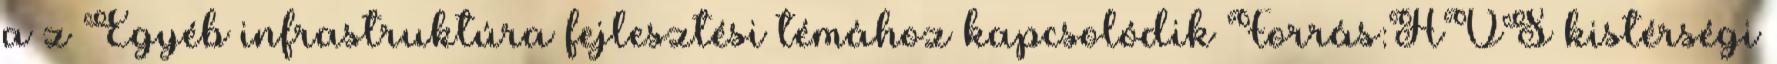
a z Egyéb infrastruktúra fejlesztési témához kapcsolódik Forrás:HVS kistérségi